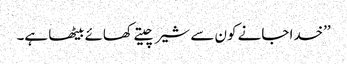
’’خدا جانے کون سے شیر چیتے کھائے بیٹھا ہے۔